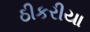
ઠીકરીયા